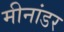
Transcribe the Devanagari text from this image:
मीनांडर